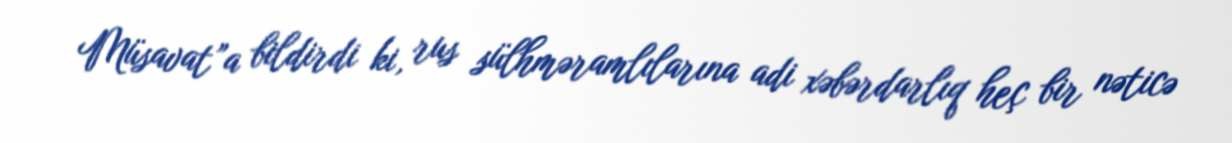
Müsavat”a bildirdi ki, rus sülhməramlılarına adi xəbərdarlıq heç bir nəticə